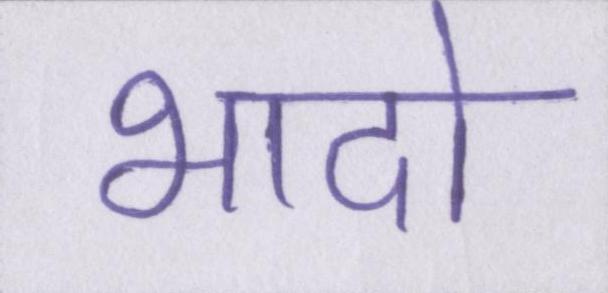
भादो